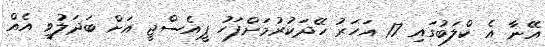
އޭނާ އެ ކްލަބުގައި 17 އަހަރު ހޭދަކުރުމަށްފަހު ޕީއެސްޖީ އަށް ބަދަލުވީ އެއް